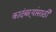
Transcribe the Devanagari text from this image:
कादंबऱ्यांसाठी